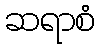
ဆရာစံ